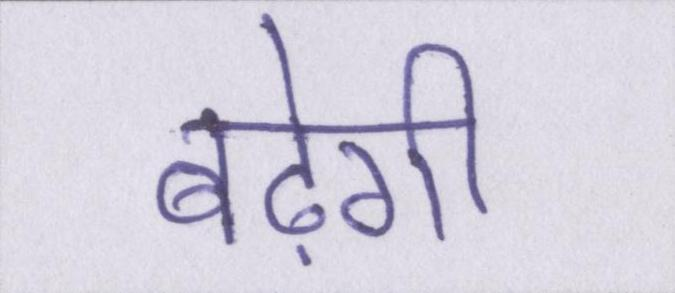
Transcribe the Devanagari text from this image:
बढ़ेगी